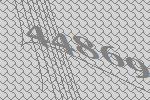
44869